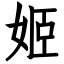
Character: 姬